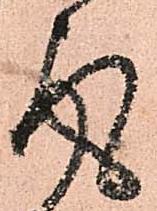
取